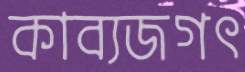
কাব্যজগৎ